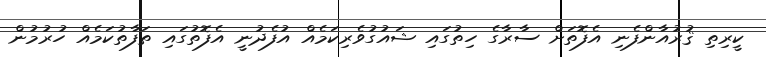
ކީރިތި ޤުރުއާންފެނި އެފޮތަށް ސާރާގެ ހިތުގައި ޝައުގުވެރިކަމެއް އުފެދުނީ އެފޮތުގައި ތަފާތުކަމެއް ހުރުމުން